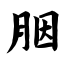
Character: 胭